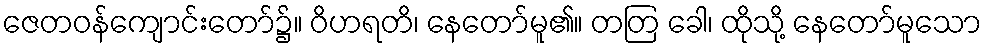
ဇေတဝန်ကျောင်းတော်၌။ ဝိဟရတိ၊ နေတော်မူ၏။ တတြ ခေါ၊ ထိုသို့ နေတော်မူသော